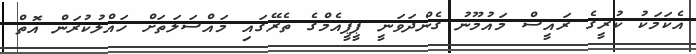
އެކަމަކު ކުރީގެ ރައީސް މައުމޫނު ގެންދަވަނީ ޕީޕީއެމްގެ ތެރޭގައި މައްސަލަތަށް ހައްލުކުރަން އޮތް